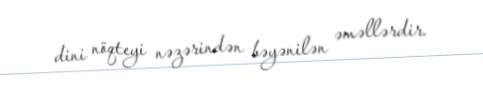
dini nöqteyi nəzərindən bəyənilən əməllərdir.